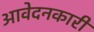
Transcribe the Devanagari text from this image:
आवेदनकारी